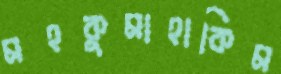
মহকুমাহাকিম